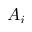
A _ { i }